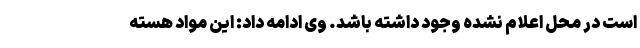
است در محل اعلام نشده وجود داشته باشد. وی ادامه داد: این مواد هسته